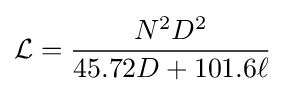
{\mathcal {L}}={\frac {N^{2}D^{2}}{45.72D+101.6\ell }}